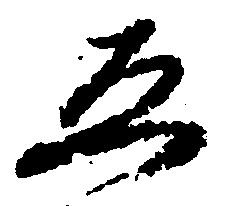
ゑ